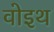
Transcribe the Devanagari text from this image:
वोइथ